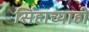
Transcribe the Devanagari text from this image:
सिंहाच्याही